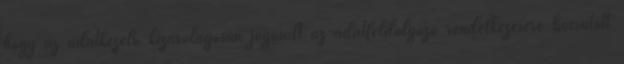
hogy az adatkezelő kizárólagosan jogosult az adatfeldolgozó rendelkezésére bocsátott